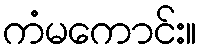
ကံမကောင်း။